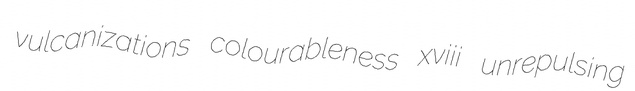
vulcanizations colourableness xviii unrepulsing